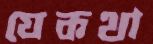
যেকথা